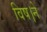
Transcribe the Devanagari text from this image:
विष।ने